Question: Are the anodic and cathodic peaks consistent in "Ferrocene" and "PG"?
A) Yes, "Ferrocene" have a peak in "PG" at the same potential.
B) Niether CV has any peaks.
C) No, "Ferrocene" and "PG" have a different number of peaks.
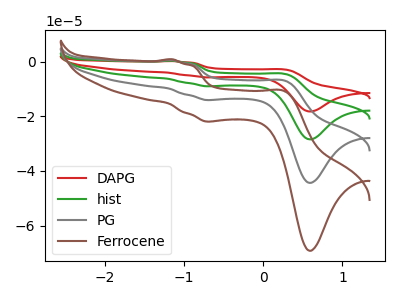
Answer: <think>The red curve "DAPG" has anodic peaks at (-1.15V, 1.75uA) (0.30V, -21.10uA) and cathodic peaks at (-0.65V, -42.15uA) (0.60V, -133.15uA). The green curve "hist" has anodic peaks at (-1.15V, 1.15uA) (0.30V, -14.05uA) and cathodic peaks at (-0.65V, -28.10uA) (0.60V, -88.75uA). The gray curve "PG" has anodic peaks at (-1.15V, 0.60uA) (0.30V, -7.05uA) and cathodic peaks at (-0.65V, -14.05uA) (0.60V, -44.40uA). The brown curve "Ferrocene" has anodic peaks at (-1.15V, 0.90uA) (0.30V, -10.95uA) and cathodic peaks at (-0.65V, -21.90uA) (0.60V, -69.25uA).</think>
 <answer>A) Yes, "Ferrocene" have a peak in "PG" at the same potential.</answer>
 <eval>A</eval>